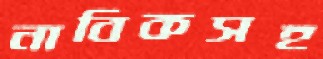
নাবিকসহ